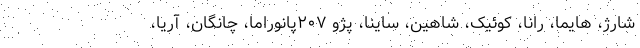
شارژ، هایما، رانا، کوئیک، شاهین، ساینا، پژو ۲۰۷پانوراما، چانگان، آریا،